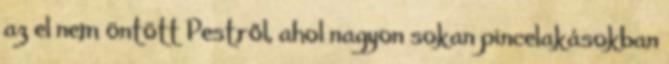
az el nem öntött Pestről, ahol nagyon sokan pincelakásokban